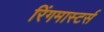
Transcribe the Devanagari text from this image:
रिंगमास्टर्स